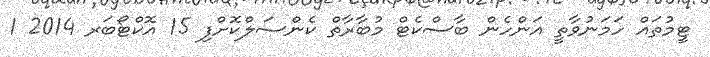
ޓީމުތައް ހަމަނުވާތީ އަންހެން ބާސްކެޓް މުބާރާތް ކެންސަލްކޮށްފި 15 އޮކްޓޯބަރ 2014 1